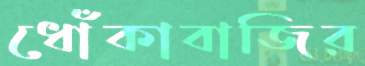
ধোঁকাবাজির